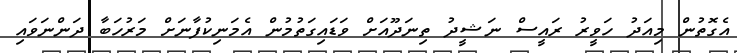
އެގޮތުން މިއަދު ހަވީރު ރައީސް ނަޝީދު ތިނަދޫއަށް ވަޑައިގަތުމުން އެމަނިކުފާނަށް މަރުހަބާ ދަންނަވައި